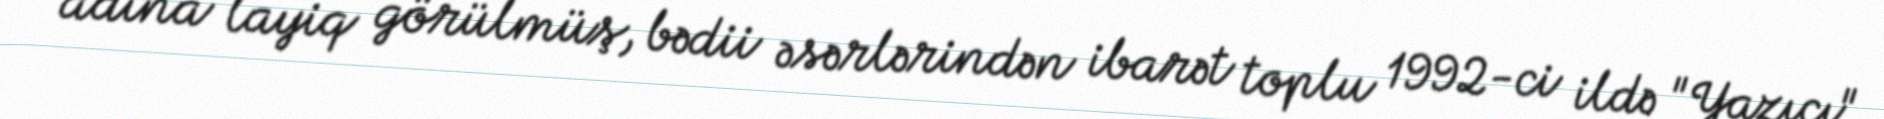
adına layiq görülmüş, bədii əsərlərindən ibarət toplu 1992-ci ildə "Yazıçı"